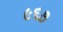
૯૬૭